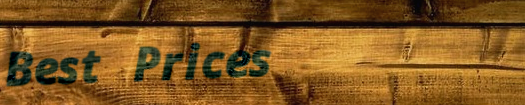
Best Prices